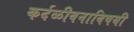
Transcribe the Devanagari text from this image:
कर्दळीवनाविषयी